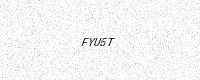
Text: FYU5T